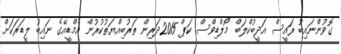
ގޮވުންނައިބު ރައީސް އަދީބުކްލަބް މޯލްޑިވްސް ކަޕް 2015ދަރިން ތަރުބިއްޔަތުކުރުން އެމްޑީއޭގެ ނައިބު ލީޑަރަކަށް